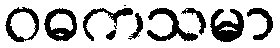
ဝဓကသမာ